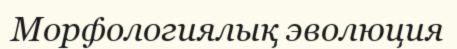
Морфологиялық эволюция